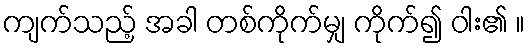
ကျက်သည့် အခါ တစ်ကိုက်မျှ ကိုက်၍ ဝါး၏ ။